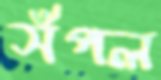
সঁপল